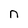
Character: n